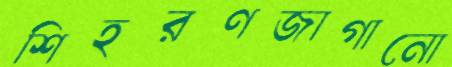
শিহরণজাগানো